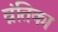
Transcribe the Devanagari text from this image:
व्रंतिका